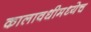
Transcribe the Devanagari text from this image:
कालावधीमध्येच